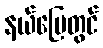
နယ်မြေတွင်